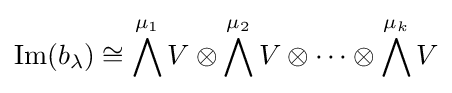
\operatorname {Im} (b_{\lambda })\cong \bigwedge ^{\mu _{1}}V\otimes \bigwedge ^{\mu _{2}}V\otimes \cdots \otimes \bigwedge ^{\mu _{k}}V